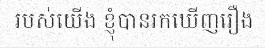
របស់យើង ខ្ញុំបានរកឃើញរឿង